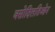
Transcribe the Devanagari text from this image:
वसोदिलतिओन